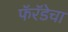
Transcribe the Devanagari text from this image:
फॅरॅडेचा